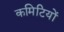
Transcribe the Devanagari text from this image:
कमिटियों